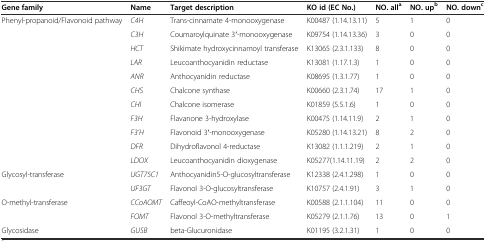
| Gene family | Name | Target description | KO id (EC No.) | NO. alla | NO. upb | NO. downc |
 | --- | --- | --- | --- | --- | --- | --- |
 | Phenyl-propanoid/Flavonoid pathway | C4H | Trans-cinnamate 4-monooxygenase | K00487 (1.14.13.11) | 5 | 1 | 0 |
 |  | C3H | Coumaroylquinate 3′-monooxygenase | K09754 (1.14.13.36) | 3 | 0 | 0 |
 |  | HCT | Shikimate hydroxycinnamoyl transferase | K13065 (2.3.1.133) | 8 | 0 | 0 |
 |  | LAR | Leucoanthocyanidin reductase | K13081 (1.17.1.3) | 1 | 0 | 0 |
 |  | ANR | Anthocyanidin reductase | K08695 (1.3.1.77) | 1 | 0 | 0 |
 |  | CHS | Chalcone synthase | K00660 (2.3.1.74) | 17 | 1 | 0 |
 |  | CHI | Chalcone isomerase | K01859 (5.5.1.6) | 1 | 0 | 0 |
 |  | F3H | Flavanone 3-hydroxylase | K00475 (1.14.11.9) | 2 | 1 | 0 |
 |  | F3’H | Flavonoid 3′-monooxygenase | K05280 (1.14.13.21) | 8 | 2 | 0 |
 |  | DFR | Dihydroflavonol 4-reductase | K13082 (1.1.1.219) | 2 | 1 | 0 |
 |  | LDOX | Leucoanthocyanidin dioxygenase | K05277(1.14.11.19) | 2 | 2 | 0 |
 | Glycosyl-transferase | UGT75C1 | Anthocyanidin5-O-glucosyltransferase | K12338 (2.4.1.298) | 1 | 0 | 0 |
 |  | UF3GT | Flavonol 3-O-glucosyltransferase | K10757 (2.4.1.91) | 3 | 1 | 0 |
 | O-methyl-transferase | CCoAOMT | Caffeoyl-CoAO-methyltransferase | K00588 (2.1.1.104) | 11 | 0 | 0 |
 |  | FOMT | Flavonol 3-O-methyltransferase | K05279 (2.1.1.76) | 13 | 0 | 1 |
 | Glycosidase | GUSB | beta-Glucuronidase | K01195 (3.2.1.31) | 1 | 0 | 0 |